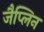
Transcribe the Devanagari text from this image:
जैप्लिन